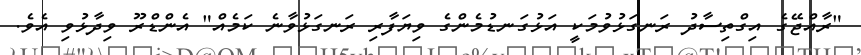
"ރާއްޖޭގެ އިގްތިސާދު ރަނގަޅުވުމަކީ އަޅުގަނޑުމެންގެ ވިޔަފާރި ރަނގަޅުވާނެ ކަމެއް" އެންޑްރޫ ވިދާޅުވި އެވެ.